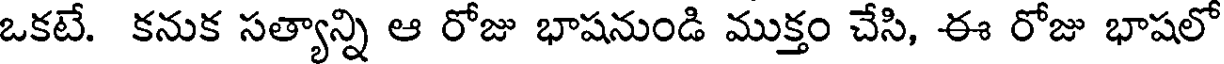
ఒకటే. కనుక సత్యాన్ని ఆ రోజు భాషనుండి ముక్తం చేసి, ఈ రోజు భాషలో